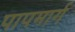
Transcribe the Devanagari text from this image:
पापमार्ग